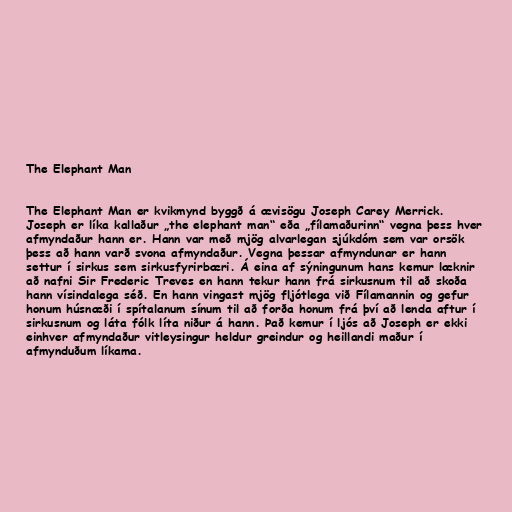
The Elephant Man

The Elephant Man er kvikmynd byggð á ævisögu Joseph Carey Merrick.
Joseph er líka kallaður „the elephant man“ eða „fílamaðurinn“ vegna þess hver
afmyndaður hann er. Hann var með mjög alvarlegan sjúkdóm sem var orsök
þess að hann varð svona afmyndaður. Vegna þessar afmyndunar er hann
settur í sirkus sem sirkusfyrirbæri. Á eina af sýningunum hans kemur læknir
að nafni Sir Frederic Treves en hann tekur hann frá sirkusnum til að skoða
hann vísindalega séð. En hann vingast mjög fljótlega við Fílamannin og gefur
honum húsnæði í spítalanum sínum til að forða honum frá því að lenda aftur í
sirkusnum og láta fólk líta niður á hann. Það kemur í ljós að Joseph er ekki
einhver afmyndaður vitleysingur heldur greindur og heillandi maður í
afmynduðum líkama.